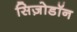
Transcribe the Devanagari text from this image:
सिज़ोडॉन